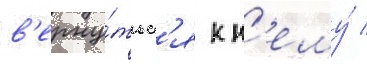
в'ерну́тьс'я к н'ему́ /